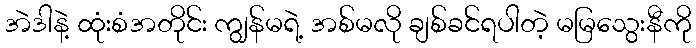
အဲဒါနဲ့ ထုံးစံအတိုင်း ကျွန်မရဲ့ အစ်မလို ချစ်ခင်ရပါတဲ့ မမြသွေးနီကို